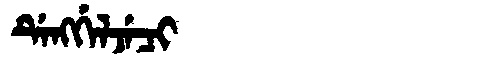
Manchu: ᡩᡝᠩᡤᡝᠯᠵᡝᠴᡳ
Romanization: DENGGELJECI